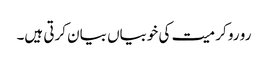
رو رو کر میت کی خوبیاں بیان کرتی ہیں۔